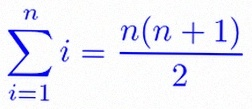
\sum_{i=1}^{n}i=\frac{n(n+1)}2